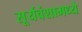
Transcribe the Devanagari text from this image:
सूर्यवंशामध्ये